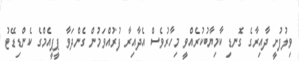
ވިލުފުށީ ދާއިރާގެ ގޮނޑި ކާމިޔާބުކުރެއްވީ މިހާރުވެސް އެދާއިރާ ފުރުއްވަމުން ގެންދަވާ ޕީޕީއެމްގެ ކެންޑިޑޭޓު